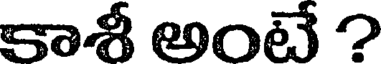
కాశీ అంటే ?